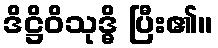
ဒိဋ္ဌိဝိသုဒ္ဓိ ပြီး၏။